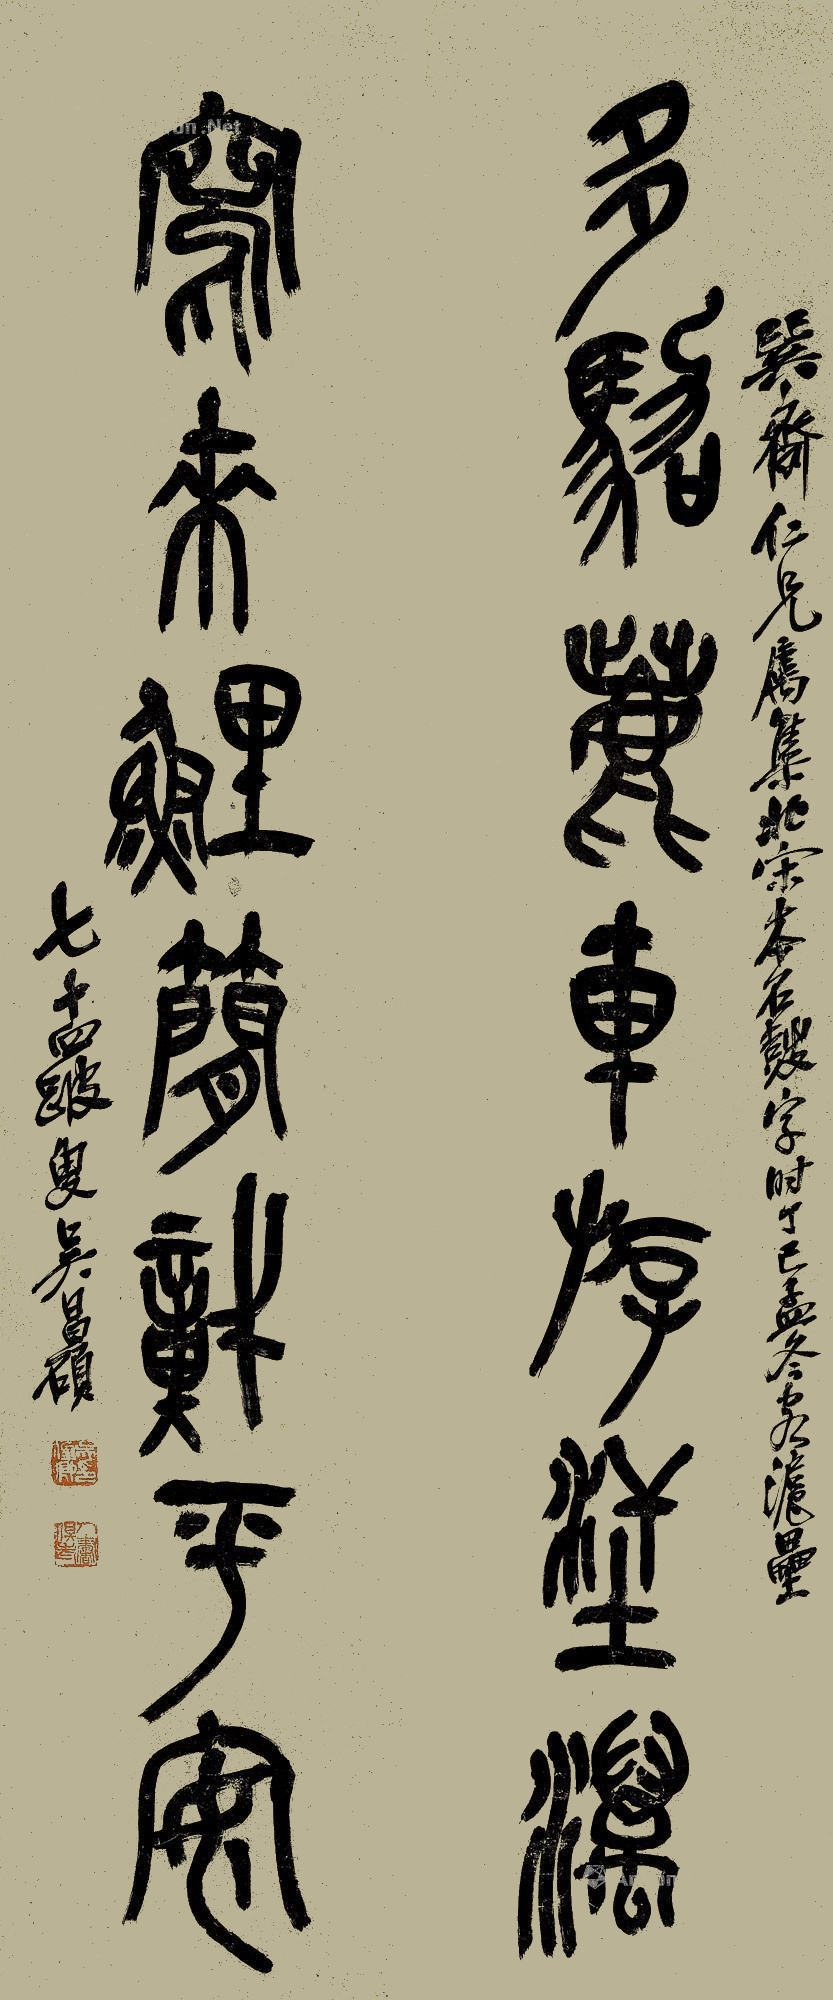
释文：多驾鹿车游汗漫，写来鲤简识平安。巽斋仁兄属集北宋本石鼓字。时丁巳孟冬客沪垒。七十四跛叟吴昌硕。